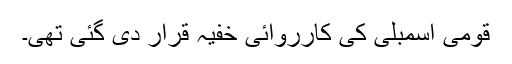
قومی اسمبلی کی کارروائی خفیہ قرار دی گئی تھی۔